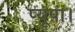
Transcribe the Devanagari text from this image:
प्यूपा।